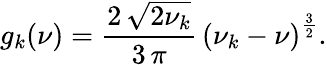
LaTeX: g_{k}(\nu)=\frac{2\, {\sqrt{2\nu_{k}}}}{3\, \pi}\, {\left(\nu_{k}-\nu\right)}^{\frac{3}{2}}.